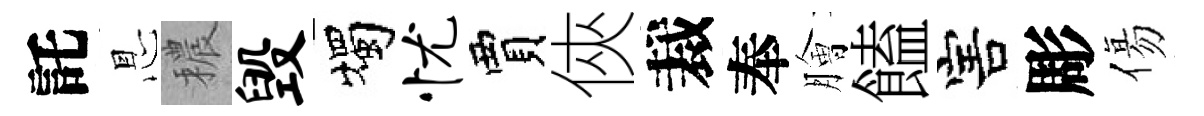
託㤙穠毁燭忧賈俠裁奉膾饁害彫傷